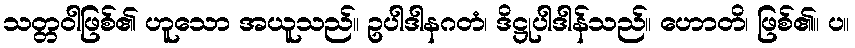
သတ္တဝါဖြစ်၏ ဟူသော အယူသည်။ ဥပါဒါနဂတံ၊ ဒိဋ္ဌုပါဒါန်သည်။ ဟောတိ၊ ဖြစ်၏။ ပ။